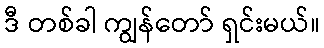
ဒီ တစ်ခါ ကျွန်တော် ရှင်းမယ်။